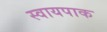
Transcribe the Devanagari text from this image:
स्वायपाक